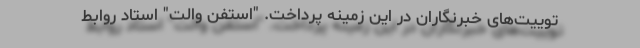
توییت‌های خبرنگاران در این زمینه پرداخت. "استفن والت" استاد روابط